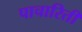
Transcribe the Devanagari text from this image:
पाचारिती